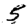
Digit: 5